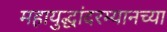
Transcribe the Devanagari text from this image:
महायुद्धांदरम्यानच्या